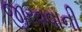
જીરવવાની